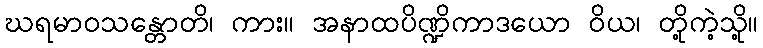
ဃရမာဝသန္တောတိ၊ ကား။ အနာထပိဏ္ဍိကာဒယော ဝိယ၊ တို့ကဲ့သို့။